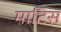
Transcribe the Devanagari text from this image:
माटिस